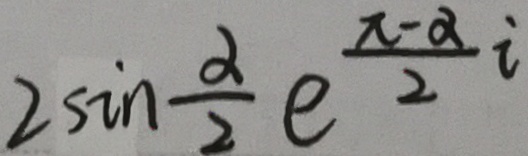
2 \sin \frac { \alpha } { 2 } e ^ { \frac { x - \alpha } { 2 } i }